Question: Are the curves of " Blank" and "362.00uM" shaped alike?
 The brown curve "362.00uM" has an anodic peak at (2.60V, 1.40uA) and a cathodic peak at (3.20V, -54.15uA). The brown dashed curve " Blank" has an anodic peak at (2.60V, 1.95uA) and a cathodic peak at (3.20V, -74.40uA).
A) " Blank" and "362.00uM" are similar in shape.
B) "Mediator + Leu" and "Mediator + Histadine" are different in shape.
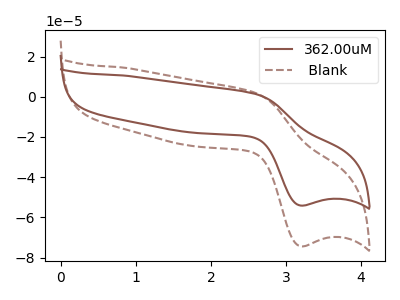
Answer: <think>All the peaks in " Blank" have a peak in "362.00uM" at the same potential. Every peak in " Blank" is higher than every peak in "362.00uM".
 </think>
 <answer>A) " Blank" and "362.00uM" are similar in shape.</answer>
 <eval>A</eval>